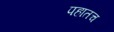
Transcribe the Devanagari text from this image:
पहातच